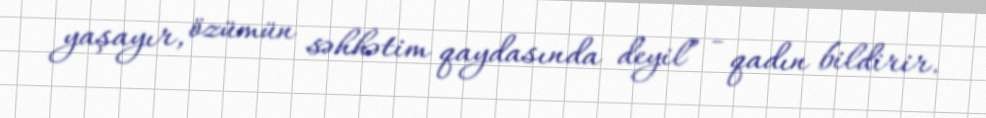
yaşayır, özümün səhhətim qaydasında deyil” - qadın bildirir.